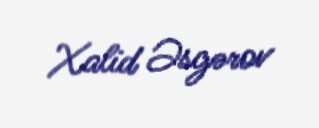
Xalid Əsgərov